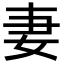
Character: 妻